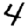
Digit: 4